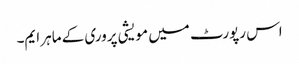
اس رپورٹ میں مویشی پروری کے ماہر ایم۔